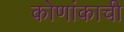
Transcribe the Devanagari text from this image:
कोणांकाची